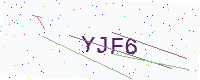
Text: YJF6